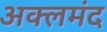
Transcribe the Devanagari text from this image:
अक्लमंद